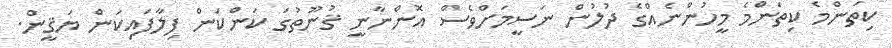
ކިތަންމެ ކިތަންމެ މީހުންނެއްގެ ދުލުން ނަސީމަށްވެސް އޮންނާނީ ޤުނޫތުގަ ކަންކަން ފިލާފައިކަން ޔަޤީން.